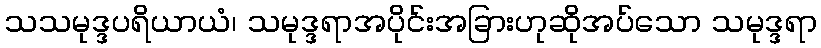
သသမုဒ္ဒပရိယာယံ၊ သမုဒ္ဒရာအပိုင်းအခြားဟုဆိုအပ်သော သမုဒ္ဒရာ